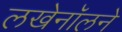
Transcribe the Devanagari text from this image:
लखेनॉलने